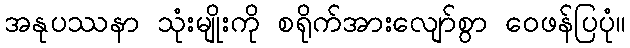
အနုပဿနာ သုံးမျိုးကို စရိုက်အားလျော်စွာ ဝေဖန်ပြပုံ။